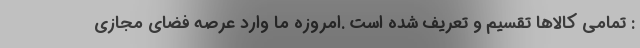
: تمامی کالاها تقسیم و تعریف شده است .امروزه ما وارد عرصه فضای مجازی